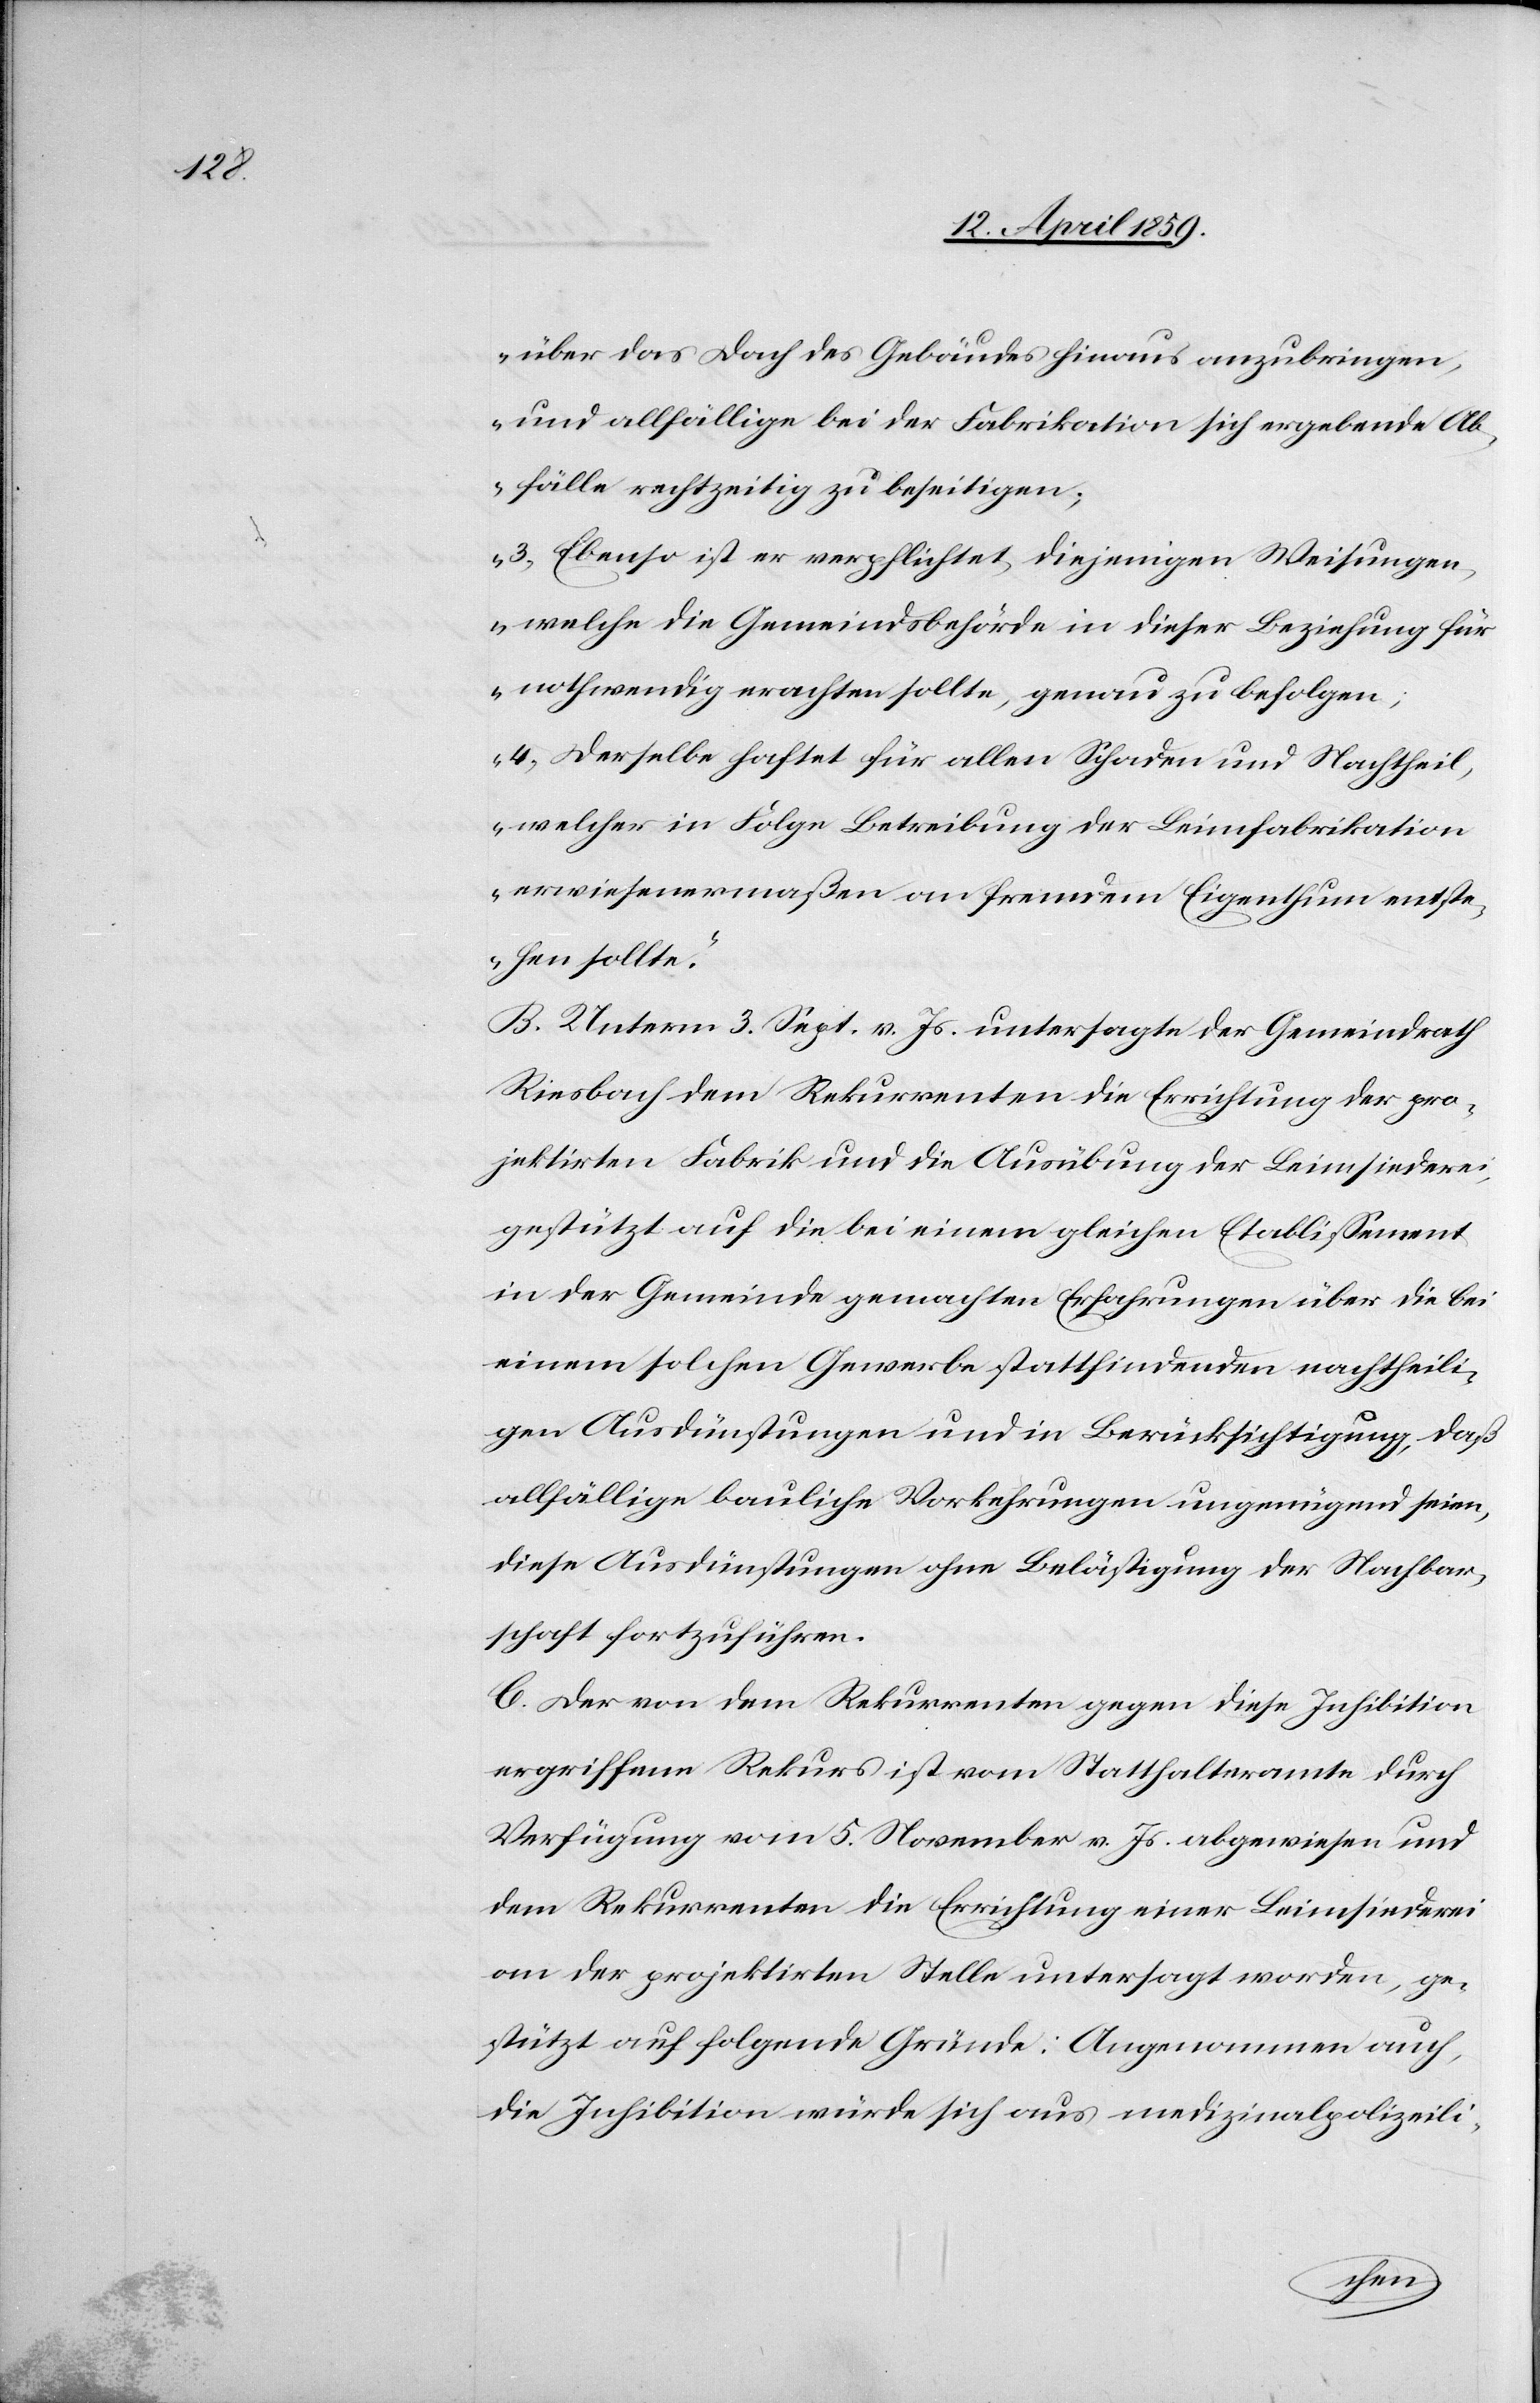
über das Dach des Gebäudes hinaus anzubringen,
und allfällige bei der Fabrikation sich ergebende Ab¬
fälle rechtzeitig zu beseitigen;
3) Ebenso ist er verpflichtet, diejenigen Weisungen,
welche die Gemeindsbehörde in dieser Beziehung für
nothwendig erachten sollte, genau zu befolgen;
4) Derselbe haftet für allen Schaden und Nachtheil,
welcher in Folge Betreibung der Leimfabrikation
erwiesenermaßen an fremdem Eigenthum entste¬
hen sollte.“
B. Unterm 3. Sept. v. Js. untersagte der Gemeindrath
Riesbach dem Rekurrenten die Errichtung der pro¬
jektirten Fabrik und die Ausübung der Leimsiederei,
gestützt auf die bei einem gleichen Etablißement
in der Gemeinde gemachten Erfahrungen über die bei
einem solchen Gewerbe stattfindenden nachtheili¬
gen Ausdünstungen und in Berücksichtigung, daß
allfällige bauliche Vorkehrungen ungenügend seien,
diese Ausdünstungen ohne Belästigung der Nachbar¬
schaft fortzuführen.
C. Der von dem Rekurrenten gegen diese Inhibition
ergriffene Rekurs ist vom Statthalteramte durch
Verfügung vom 5. November v. Js. abgewiesen und
dem Rekurrenten die Errichtung einer Leimsiederei
an der projektirten Stelle untersagt worden, ge¬
stützt auf folgende Gründe: Angenommen auch,
die Inhibition würde sich aus medizinalpolizeili-